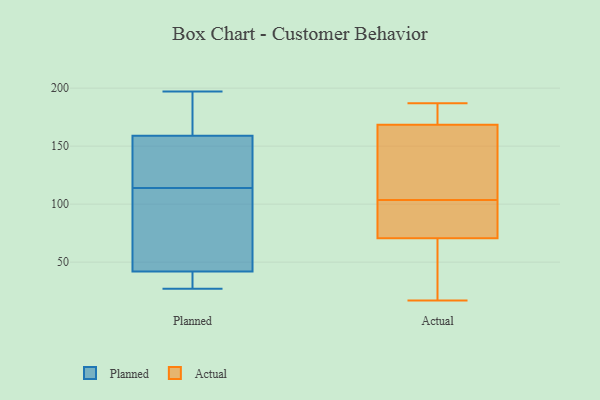
{"axis": {"x": "Population (Million)", "y": "Value"}, "legend": ["Actual", "Planned"], "data": [{"x": "", "y": 107, "type": "Planned"}, {"x": "", "y": 197, "type": "Planned"}, {"x": "", "y": 176, "type": "Planned"}, {"x": "", "y": 41, "type": "Planned"}, {"x": "", "y": 160, "type": "Planned"}, {"x": "", "y": 122, "type": "Planned"}, {"x": "", "y": 91, "type": "Planned"}, {"x": "", "y": 81, "type": "Planned"}, {"x": "", "y": 27, "type": "Planned"}, {"x": "", "y": 37, "type": "Planned"}, {"x": "", "y": 121, "type": "Planned"}, {"x": "", "y": 159, "type": "Planned"}, {"x": "", "y": 42, "type": "Planned"}, {"x": "", "y": 141, "type": "Planned"}, {"x": "", "y": 169, "type": "Actual"}, {"x": "", "y": 175, "type": "Actual"}, {"x": "", "y": 22, "type": "Actual"}, {"x": "", "y": 187, "type": "Actual"}, {"x": "", "y": 80, "type": "Actual"}, {"x": "", "y": 127, "type": "Actual"}, {"x": "", "y": 17, "type": "Actual"}, {"x": "", "y": 40, "type": "Actual"}, {"x": "", "y": 177, "type": "Actual"}, {"x": "", "y": 166, "type": "Actual"}, {"x": "", "y": 95, "type": "Actual"}, {"x": "", "y": 80, "type": "Actual"}, {"x": "", "y": 61, "type": "Actual"}, {"x": "", "y": 87, "type": "Actual"}, {"x": "", "y": 112, "type": "Actual"}, {"x": "", "y": 168, "type": "Actual"}]}